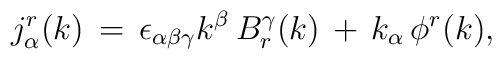
j^r_{\alpha }(k) \, = \,\epsilon _{\alpha \beta \gamma }k^{\beta }\,B_r^{\gamma}(k)\,+\,k_{\alpha }\,\phi^r (k),